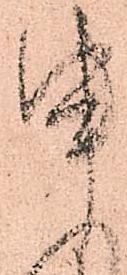
申